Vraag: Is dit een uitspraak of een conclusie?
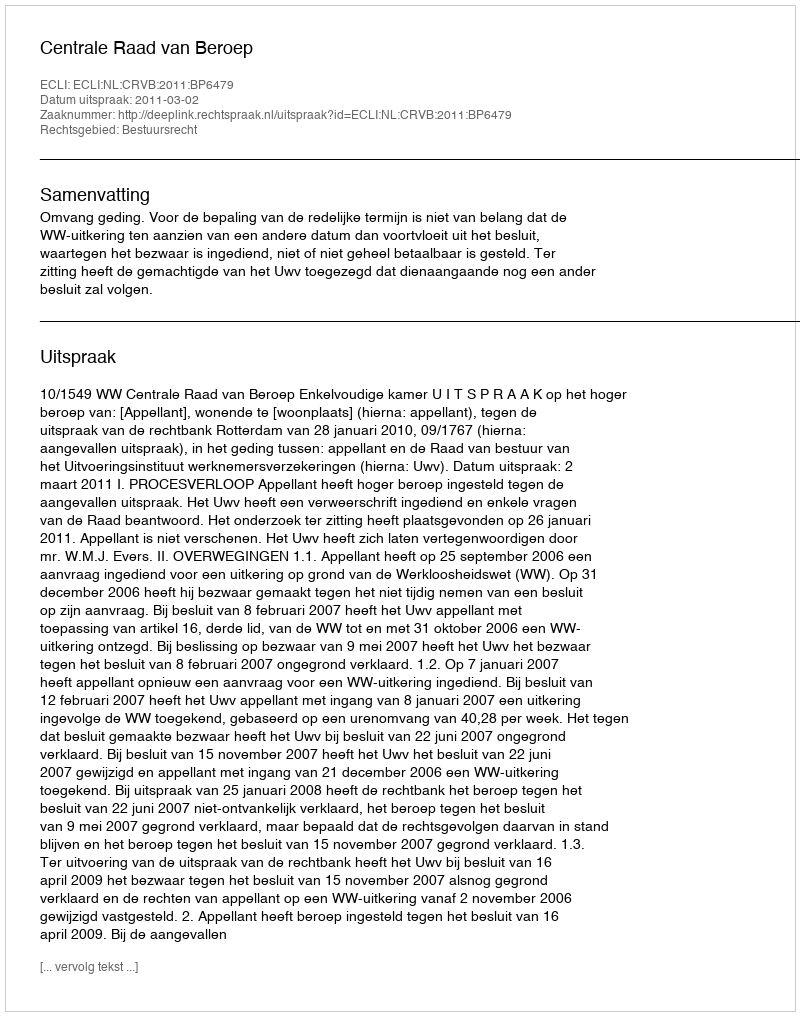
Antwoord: Uitspraak